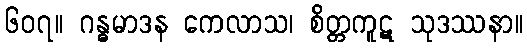
၆၀၇။ ဂန္ဓမာဒန ကေလာသ၊ စိတ္တကူဋ သုဒဿနာ။